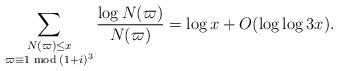
LaTeX: \begin{align*} \sum_{\substack{ N(\varpi) \leq x \\ \varpi \equiv 1 \bmod {(1+i)^3}}} \frac {\log N(\varpi)}{N(\varpi) }= \log x+O(\log \log 3x).\end{align*}